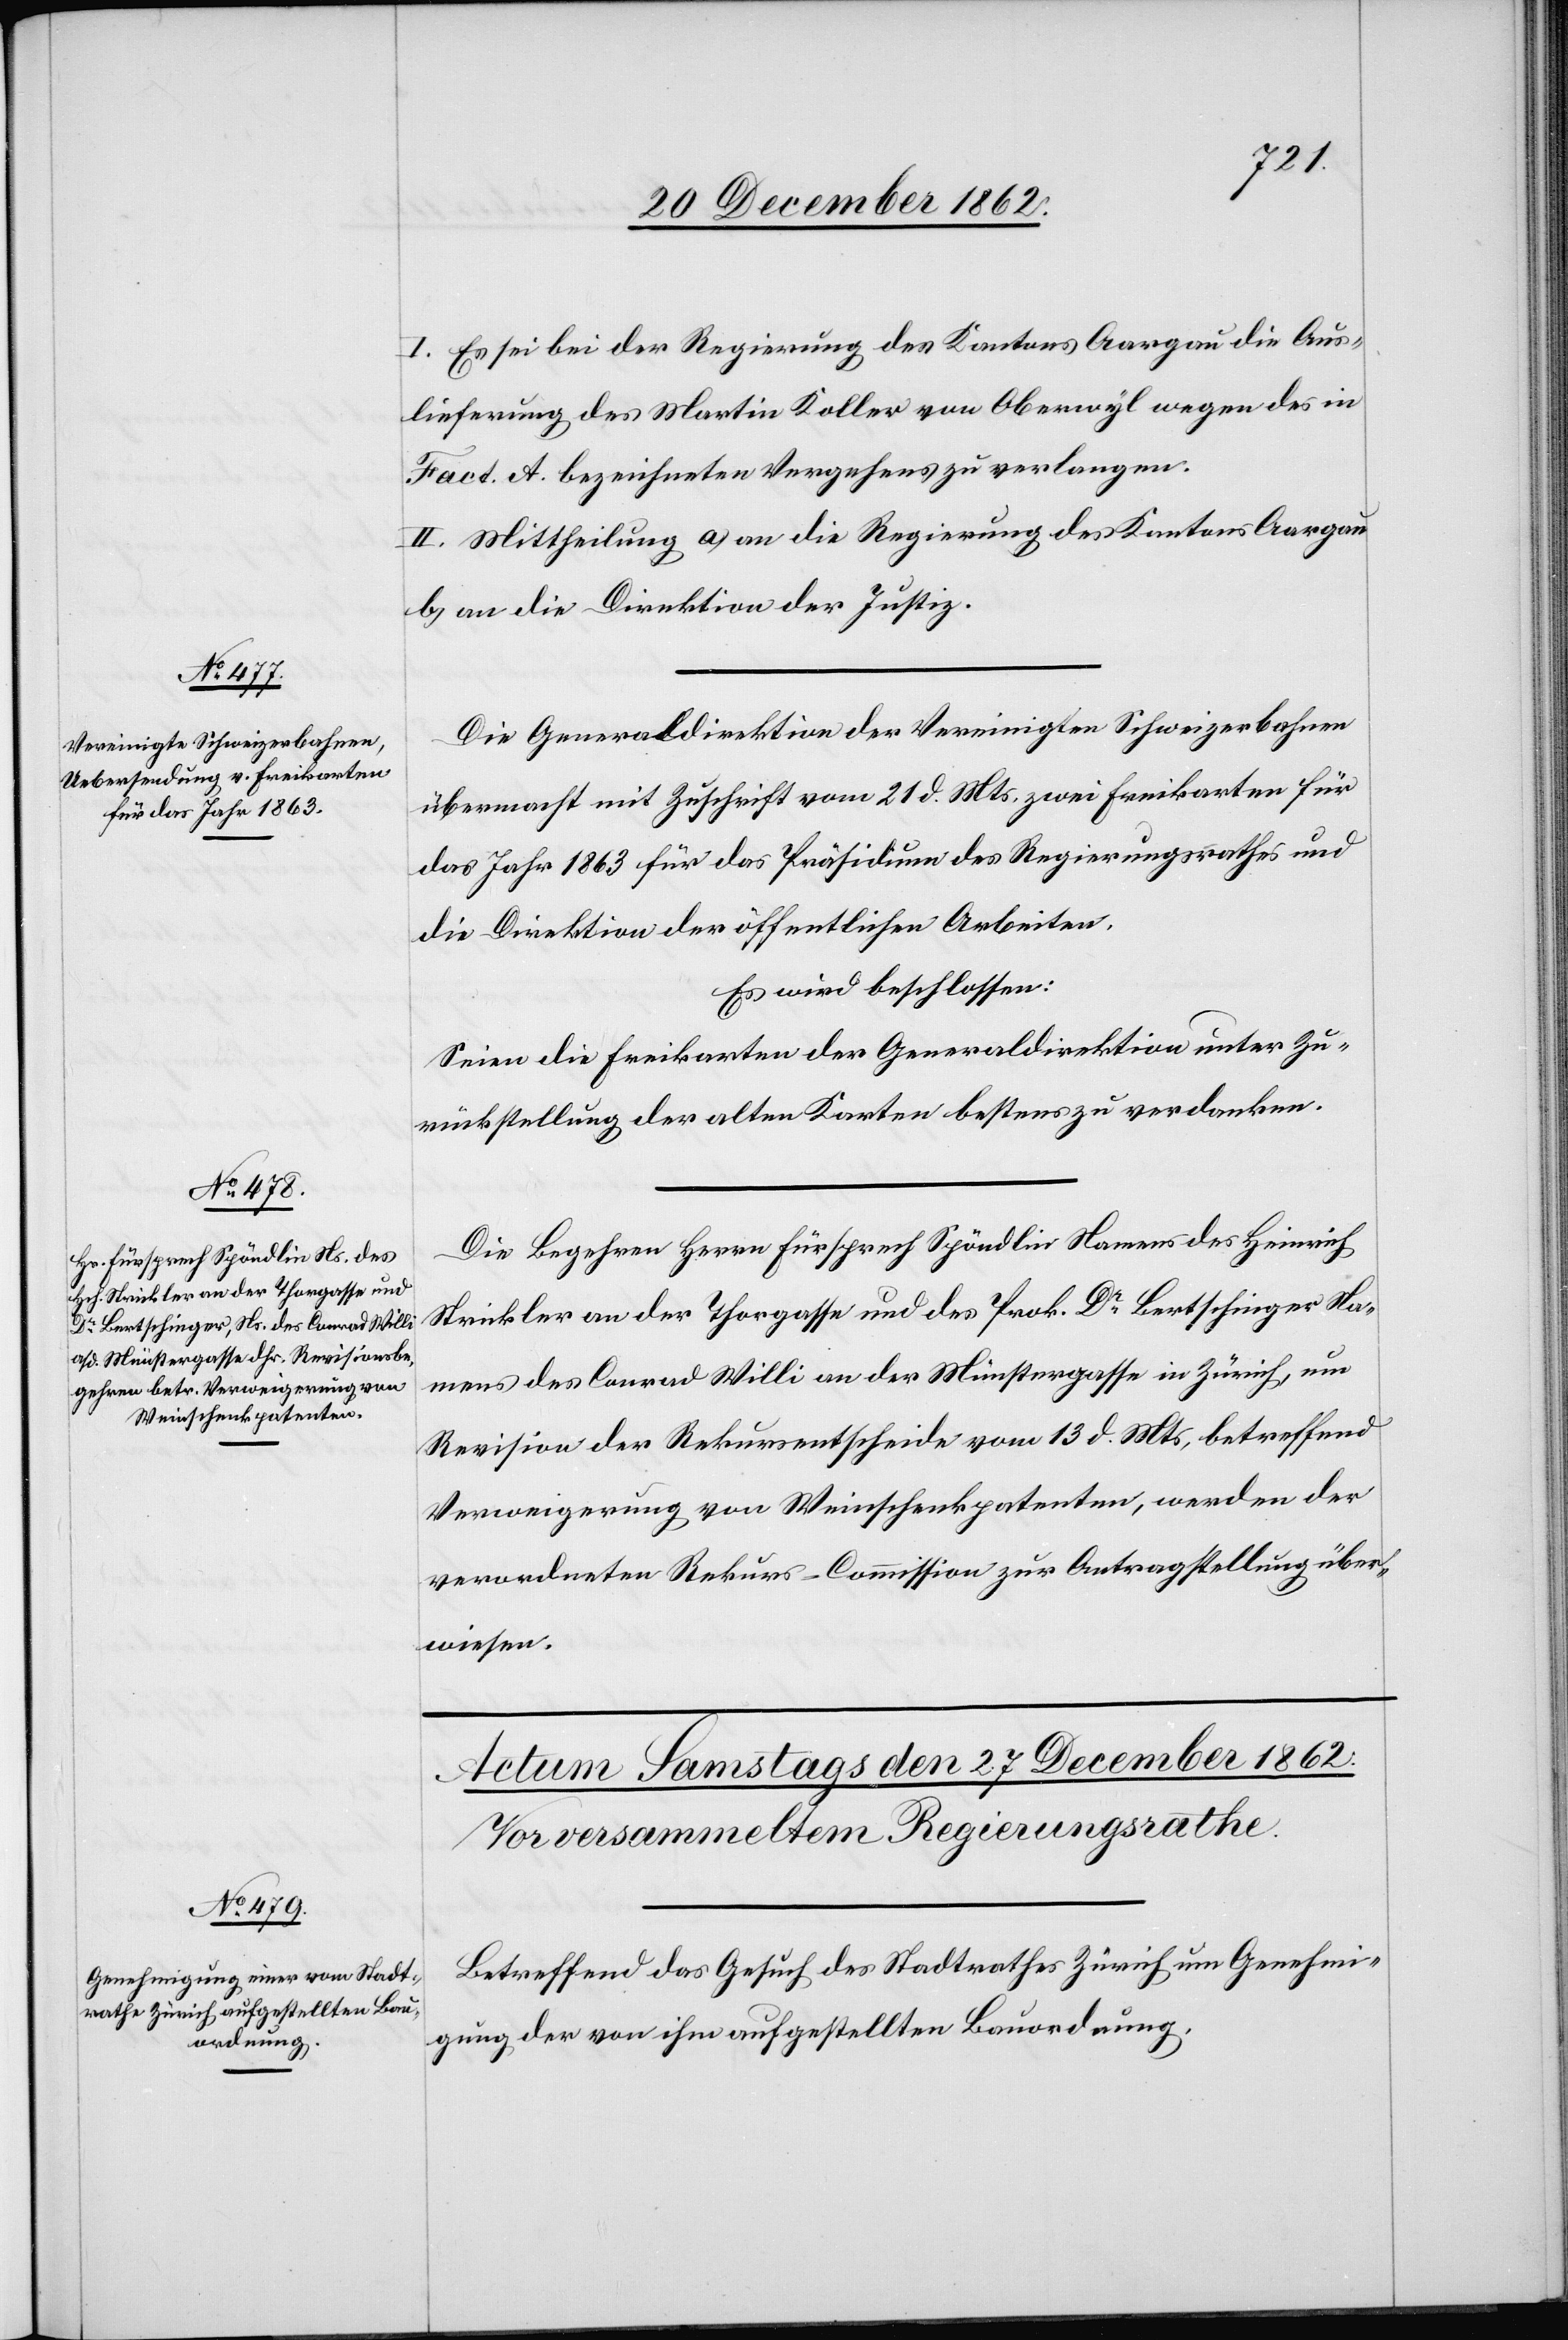
23. December 1862.]
I. Es sei bei der Regierung des Kantons Aargau die Aus¬
lieferung des Martin Koller von Oberwyl wegen des in
Fact. A bezeichneten Vergehens zu verlangen.
II. Mittheilung a) an die Regierung des Kantons Aargau
b) an die Direktion der Justiz.
Die Generaldirektion der Vereinigten Schweizerbahnen
übermacht mit Zuschrift vom 21. d. Mts. zwei Freikarten für
das Jahr 1863 für das Präsidium des Regierungsrathes und
die Direktion der öffentlichen Arbeiten.
Es wird beschlossen:
Seien die Freikarten der Generaldirektion unter Zu¬
rückstellung der alten Karten bestens zu verdanken.
Die Begehren Herrn Fürsprech Spöndlin Namens des Heinrich
Strikler an der Thorgasse und des Prok. Dr Bertschinger Na¬
mens des Conrad Willi an der Münstergasse in Zürich, um
Revision der Rekursentscheide vom 13. d. Mts, betreffend
Verweigerung von Weinschenkpatenten, werden der
verordneten Rekurs-Commission zur Antragstellung über¬
wiesen.
Betreffend das Gesuch des Stadtrathes Zürich um Genehmi¬
gung der von ihm aufgestellten Bauordnung